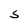
Character: S